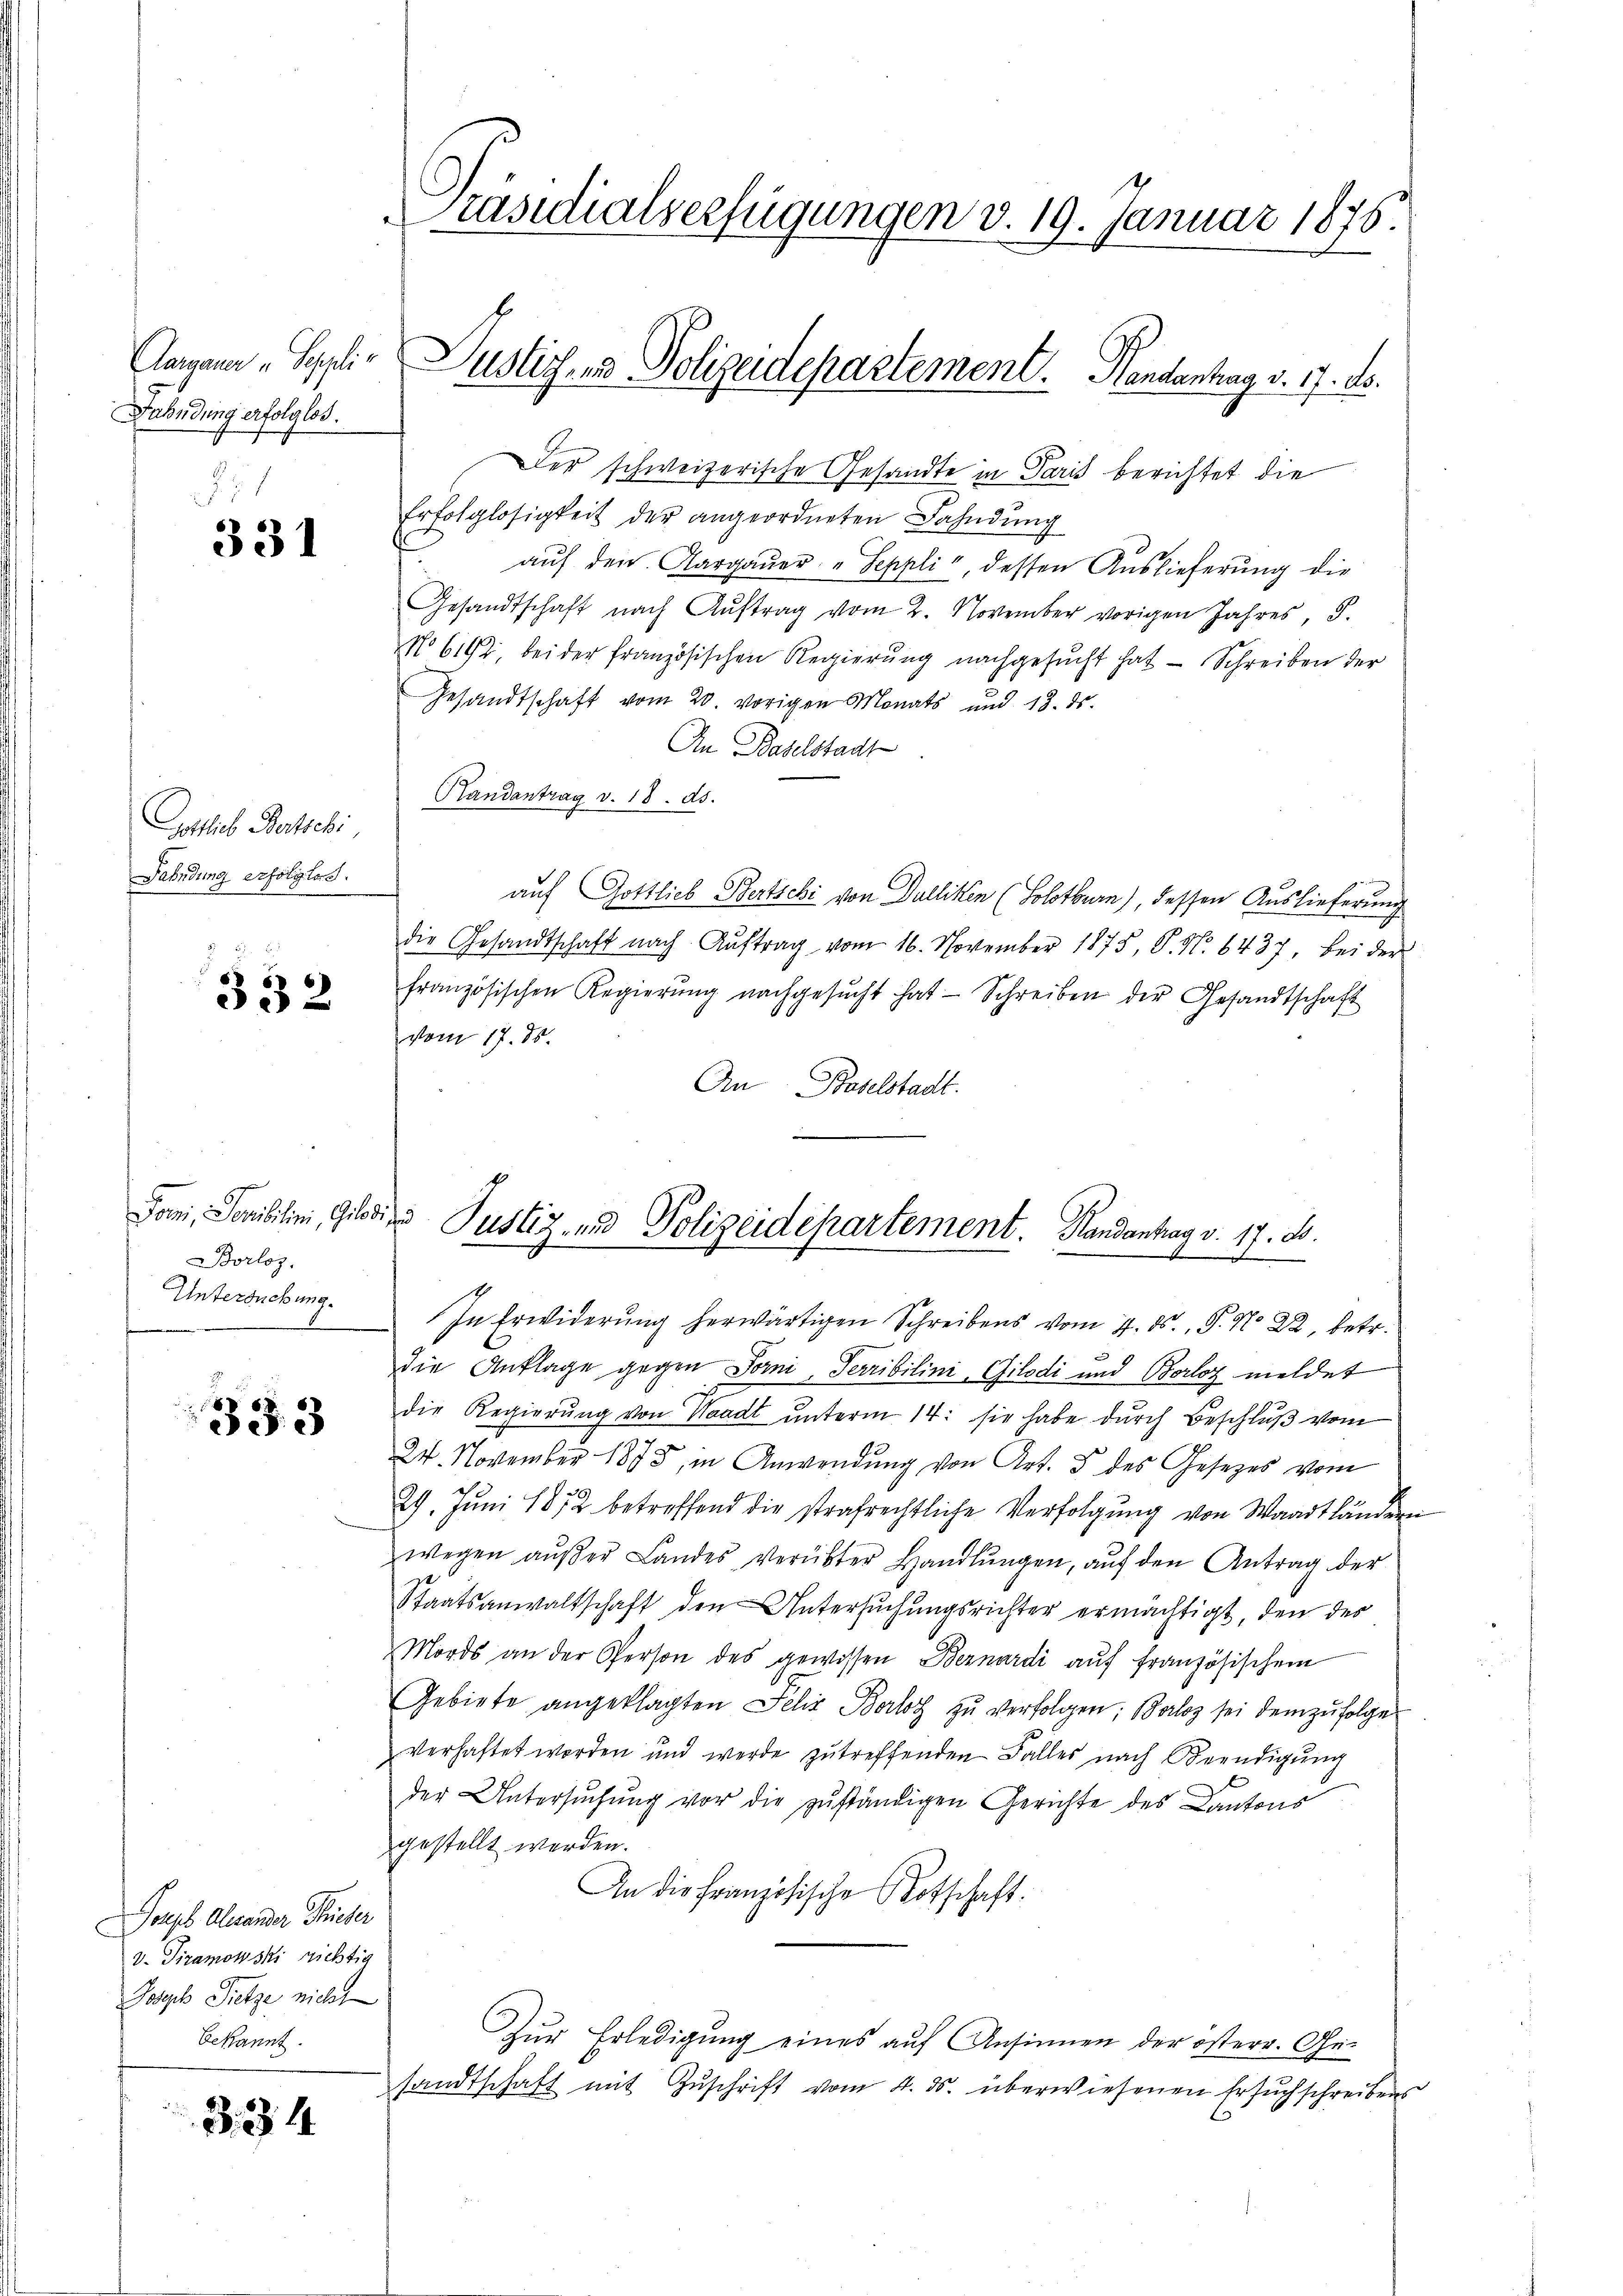
Aargauer „Sepplir
Fahndung erfolglos.

331

Gottlieb Bertschi,
Fahndung erfolgters.

332

Borloz.
Untersuchung.

333

Soupes Alexander Frieder
v. Tizamowski richtig
Joseph Pretze nicht
bekannt.

3. 34

Präsidialserfügungen v. 19. Januar 1876.

Der schweizerische Gesandte in Paris berichtet die
Erfolglosigkeit der angeordneten Bahndung
aŭf den Aargaŭer "Seppli, dessen Auslieferung die
Gesandtschaft nach Aŭftrag vom 2. November vorigen Jahres, S.
No 6162, bei der französischen Regierung nachgesŭcht hat - Schreiben der
Gesandtschaft vom 20. vorigen Monats und 13. ds.
An Baselstadt
Randantrag v. 18. 25.
auf Gottlieb Bertschi von Dulliken (Solothurn), dessen Auslieferung
die Gesandtschaft nach Auftrag vom 16. November 1875, P. Nr. 6437, bei der
französischen Regierŭng nachgesŭcht hat Schreiben der Gesandtschaft
vom 17. 85.
An Baselstadt.
In Erwiderŭng herwärtigen Schreibens vom 7. ds., S. No 22, betr.
die Anklage gegen Forni-Terribilini, Gilodi und Borloz meldet
die Regierŭng von Waadt ŭnterm 14. sie habe durch Beschluß vom
24. November 1875, in Anwendung von Art. 5 des Gesetzes vom
29. Juni 1872 betreffend die strafrechtliche Verfolgung von Waadtländen
wegen aŭβer Landes verübter Handlŭngen, aŭf den Antrag der
Staatsanwaltschaft den Untersuchungsrichter ermächtigt, den der
Mords an der Person des gewissen Bernardi aŭf französischem
Gebiete angeklagten Felix Berlot zŭ verfolgen; Berlos sei dem zŭfolge
verhaftet worden und werde zŭ treffenden Falles nach Beendigŭng
der Untersuchung vor die zuständigen Gerichte des Cantons
gestellt werden.
An die Französische Botschaft.
Zur Erledigung eines auf Ansinnen der österr. Gesandtschaft mit Zuschrift vom 4. ds. überwiesenen Ersuchschreibens

Justiz- und Polizeidepartement. Handantrag v. 17. ds.

Jami, Sevibilini, Gebären Pustiz- und Polizeidepartement. Handantrag v. 17. d.
e
.